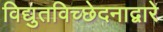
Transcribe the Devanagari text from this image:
विद्युतविच्छेदनाद्वारे